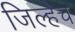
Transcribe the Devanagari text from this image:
जिल्हेच